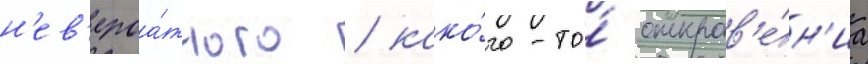
н'ев'ероа́тного / како́го-то́ откров'е́н'иа